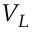
V _ { L }